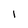
Character: I